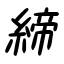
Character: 締